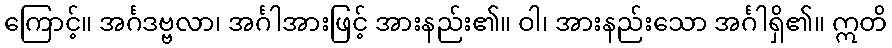
ကြောင့်။ အင်္ဂဒဗ္ဗလာ၊ အင်္ဂါအားဖြင့် အားနည်း၏။ ဝါ၊ အားနည်းသော အင်္ဂါရှိ၏။ ဣတိ